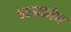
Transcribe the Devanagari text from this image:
चरमकोण